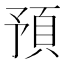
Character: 預